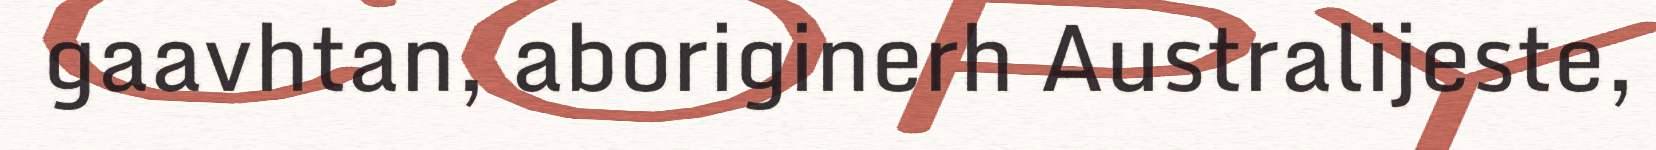
gaavhtan, aboriginerh Australijeste,